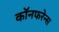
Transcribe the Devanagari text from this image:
कॉनफरेन्स